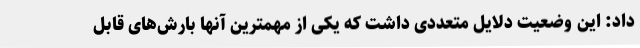
داد: این وضعیت دلایل متعددی داشت که یکی از مهمترین آنها بارش‌های قابل